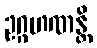
ဥဂ္ဂဟဏန္တိ